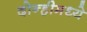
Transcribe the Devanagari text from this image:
दोन्हीमध्ये